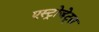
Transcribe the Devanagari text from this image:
एस्‍ट्रोजेट्स